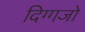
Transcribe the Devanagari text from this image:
दिग्गजो